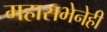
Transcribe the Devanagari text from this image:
महासभेनेही